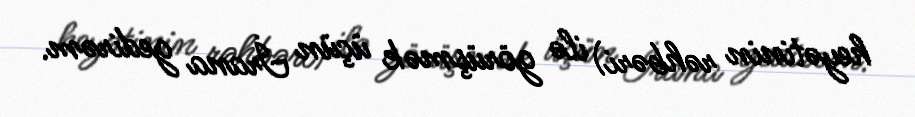
heyətinin rəhbəri) ilə görüşmək üçün İrana gedirəm.